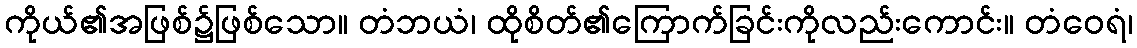
ကိုယ်၏အဖြစ်၌ဖြစ်သော။ တံဘယံ၊ ထိုစိတ်၏ကြောက်ခြင်းကိုလည်းကောင်း။ တံဝေရံ၊